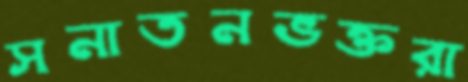
সনাতনভক্তরা